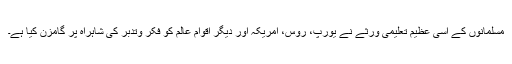
مسلمانوں کے اسی عظیم تعلیمی ورثے نے یورپ، روس، امریکہ اور دیگر اقوام عالم کو فکر وتدبر کی شاہراہ پر گامزن کیا ہے۔